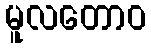
မူလတောဝ